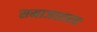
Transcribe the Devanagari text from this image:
समाजशास्त्रः